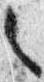
之